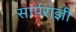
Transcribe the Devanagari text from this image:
सार्पराज्ञी